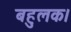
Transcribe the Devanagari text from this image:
बहुलक।